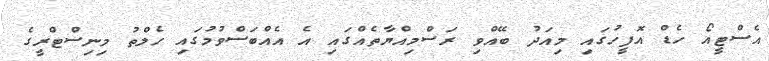
އެސްޓީއޯ ހެޑް އޮފީހުގައި މިއަދު ބޭއްވި ރަސްމިއްޔާތެއްގައި އެ އެއްބަސްވުމުގައި ހެލްތު މިނިސްޓްރީގެ